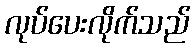
လုပ်ပေးလိုက်သည်